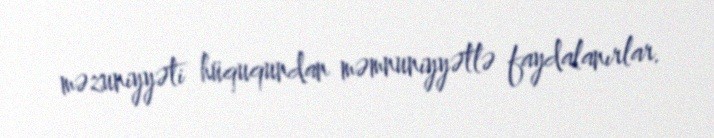
məzuniyyəti hüququndan məmnuniyyətlə faydalanırlar.